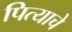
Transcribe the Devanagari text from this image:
पित्‍याचे